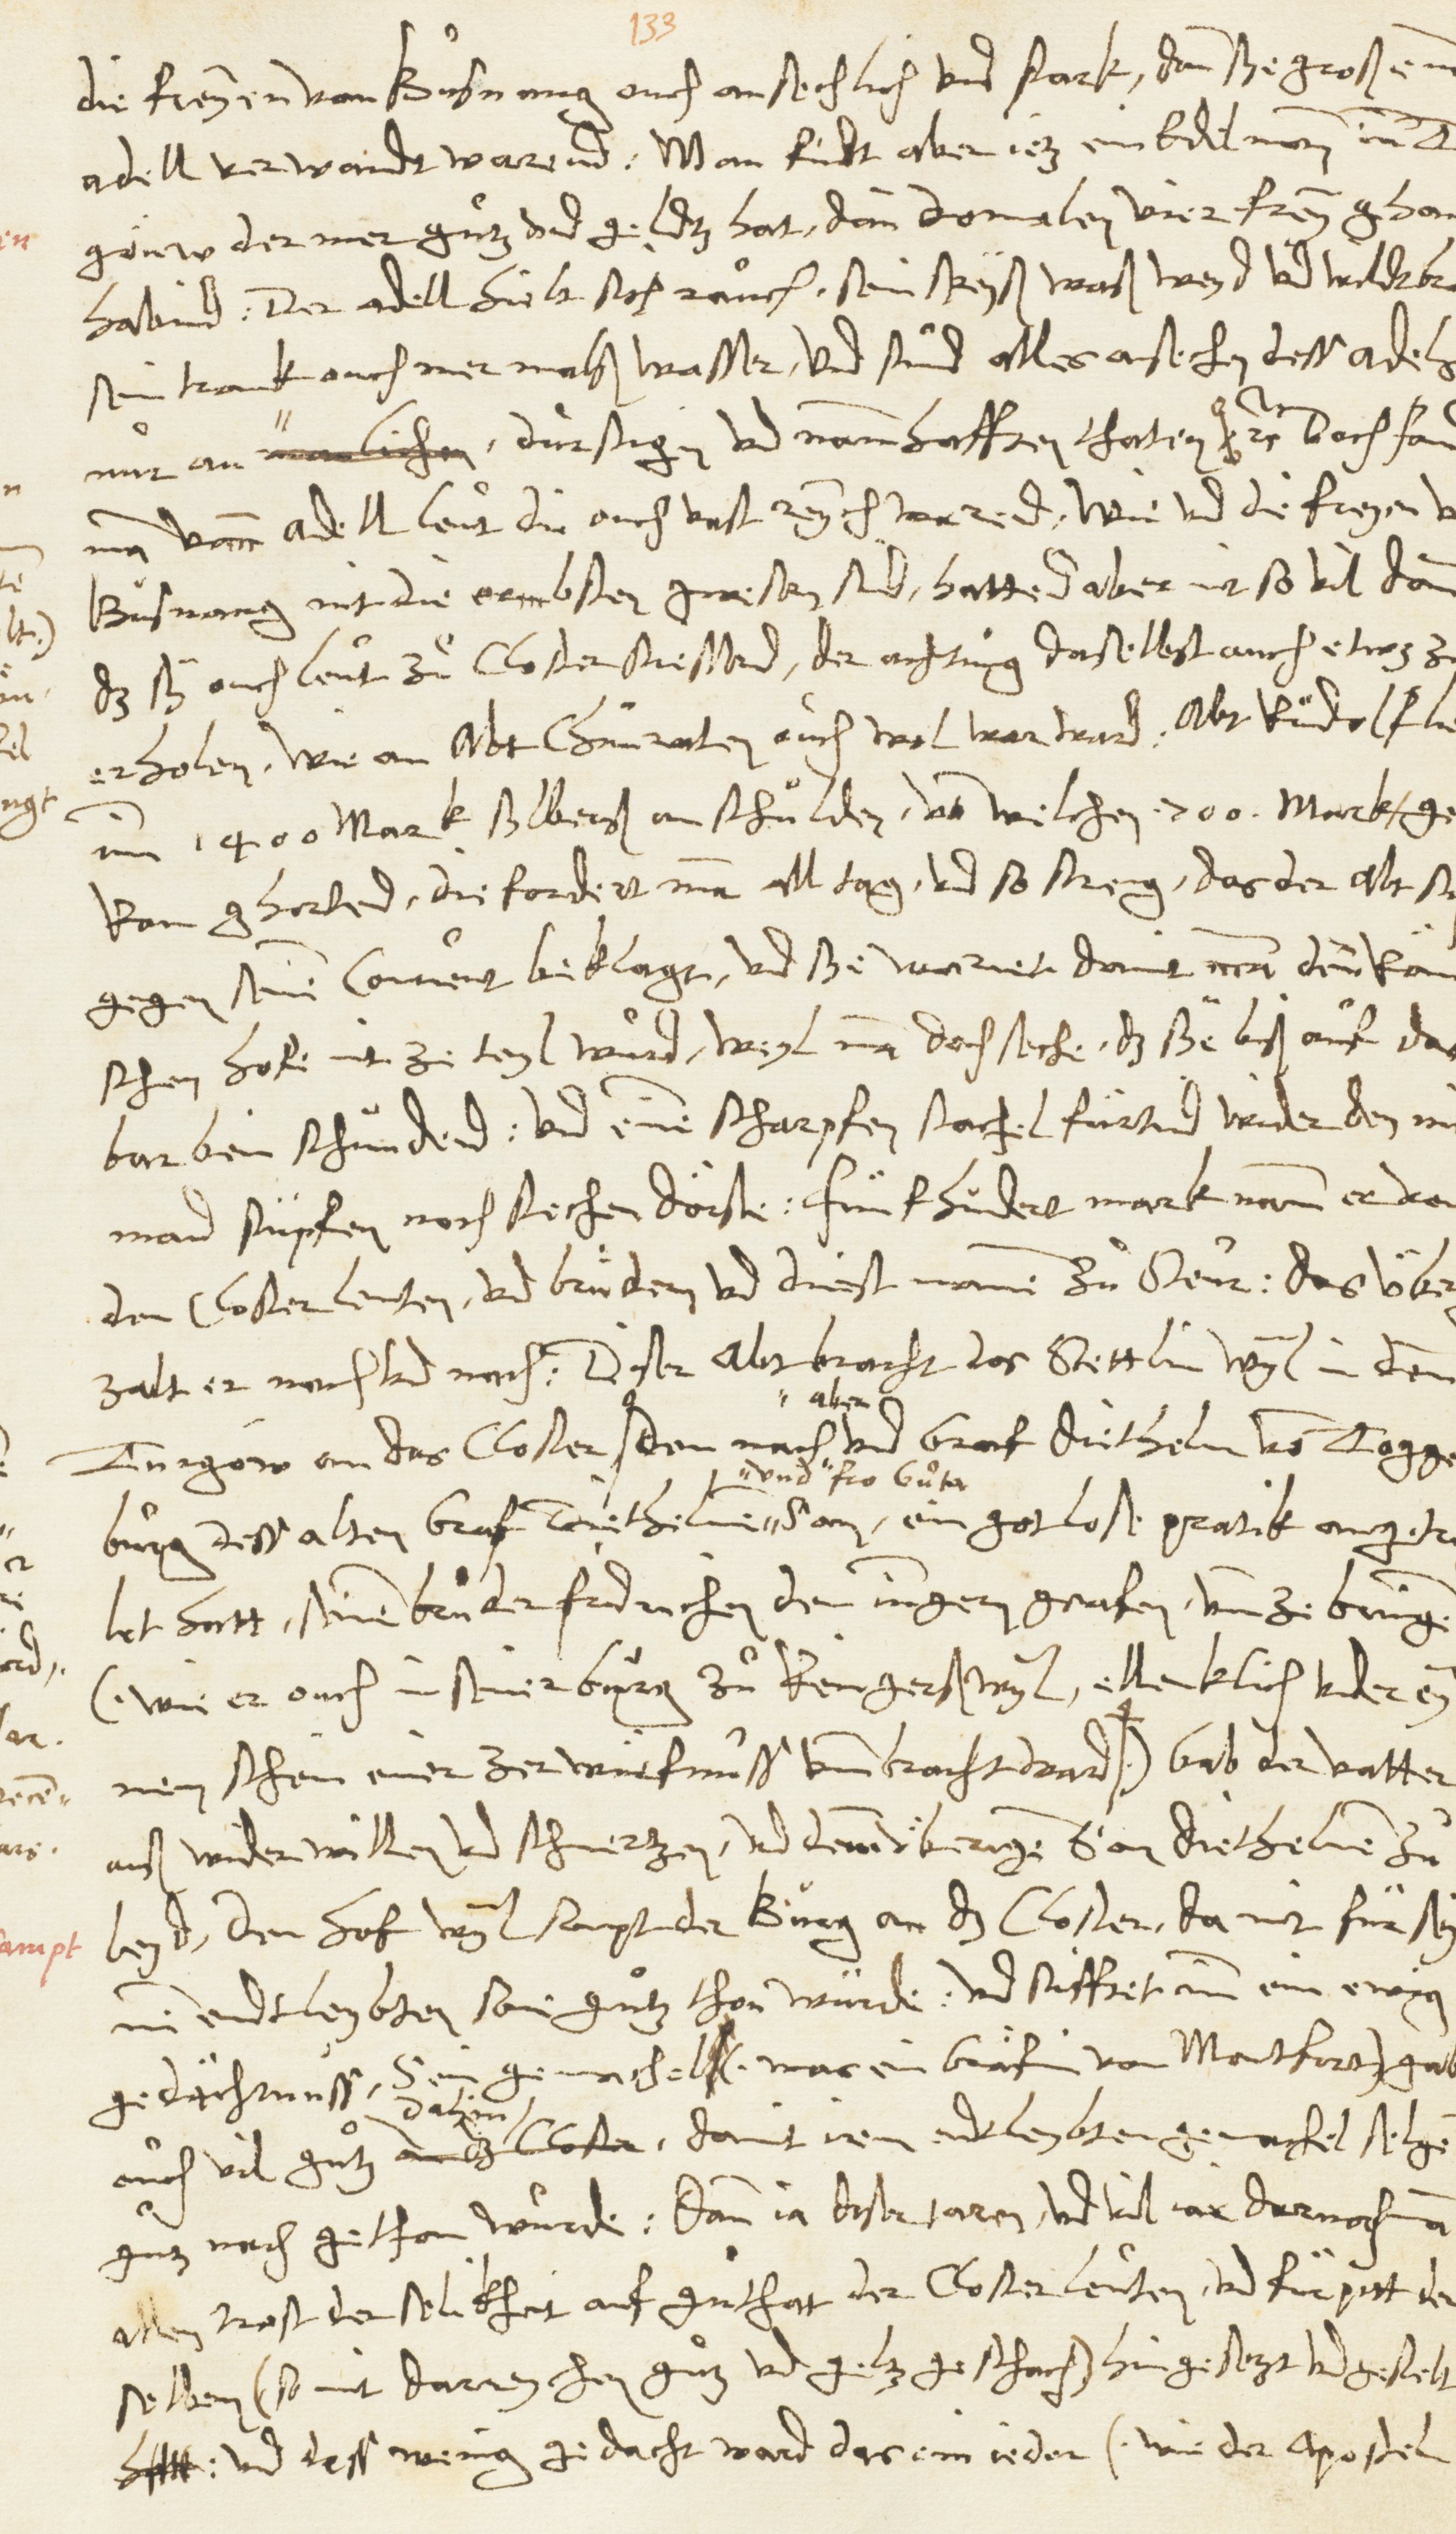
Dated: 1545–1546